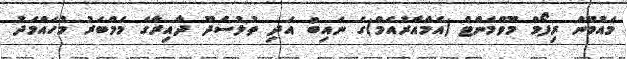
މައުމޫން ރިފޯމް މޫވްމެންޓް (އެމްއާރުއެމް)ގެ ނައިބު އަދި ތުލުސްދޫ ދާއިރާގެ މެމްބަރު މުހައްމަދު